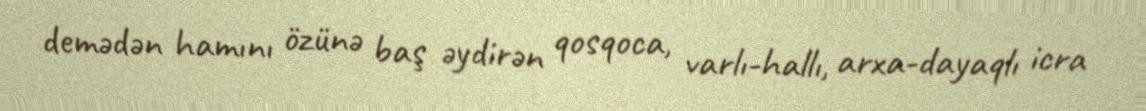
demədən hamını özünə baş əydirən qosqoca, varlı-hallı, arxa-dayaqlı icra